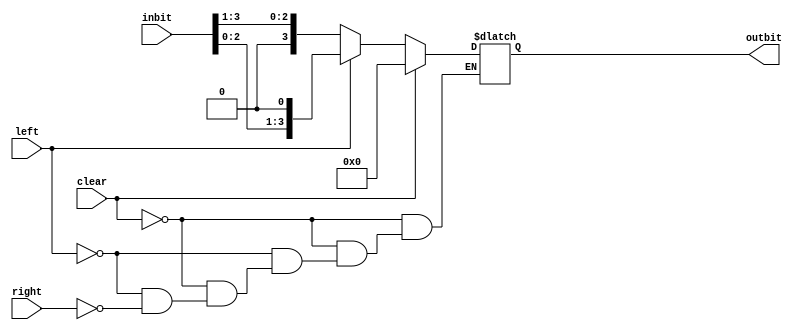
`timescale 1ns / 1ps
//////////////////////////////////////////////////////////////////////////////////
// Company: 
// Engineer: 
// 
// Design Name: 
// Module Name:    BidirectionalShift 
// Project Name: 
// Target Devices: 
// Tool versions: 
// Description: 
//
// Dependencies: 
//
// Revision: 
// Revision 0.01 - File Created
// Additional Comments: 
//
//////////////////////////////////////////////////////////////////////////////////
module BidirectionalShift(left, right, clear, inbit, outbit);
	input left, right, clear;
	input[3:0] inbit;
	output[3:0] outbit;
	wire left, right, clear;
	wire[3:0] inbit;
	reg[3:0] outbit;
	always @ (clear or left or right)
	begin
	if(clear)
		outbit=0;
	else if(left)
		outbit=inbit<<1;
	else if(right)
		outbit=inbit>>1;
	end
endmodule